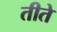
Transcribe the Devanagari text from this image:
तीते